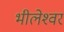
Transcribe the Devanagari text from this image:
भीलेश्‍वर